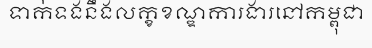
ទាក់ទងនឹងលក្ខខណ្ឌការងារនៅកម្ពុជា